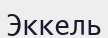
Эккель